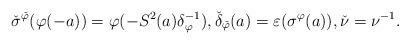
LaTeX: \begin{align*}\check{\sigma}^{\check{\varphi}}(\varphi(-a)) = \varphi(-S^2(a)\delta_{\varphi}^{-1}),\check{\delta}_{\check{\varphi}}(a) = \varepsilon(\sigma^{\varphi}(a)),\check{\nu} = \nu^{-1}. \end{align*}